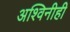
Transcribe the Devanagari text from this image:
अश्विनीही